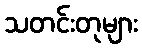
သတင်းတုများ